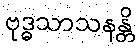
ဗုဒ္ဓသာသနန္တိ